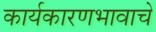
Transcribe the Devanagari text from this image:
कार्यकारणभावाचे